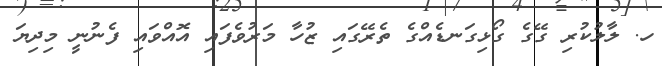
ހ. ލާލުކުރި ގޭގެ ގޯޅިގަނޑެއްގެ ތެރޭގައި ޒުހާ މަރުވެފައި އޮއްވައި ފެނުނީ މިދިޔަ